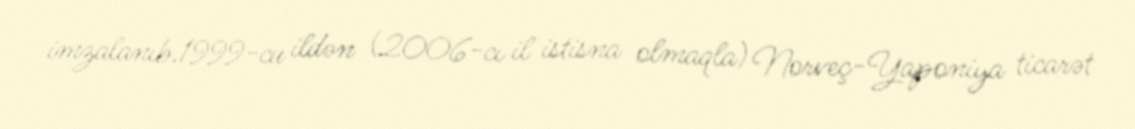
imzalanıb.1999-cu ildən (2006-cı il istisna olmaqla) Norveç-Yaponiya ticarət